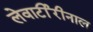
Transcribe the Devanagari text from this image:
लेवार्टीरीनाल